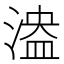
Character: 𣺻